Vital statistics of India. Vol. IV, Annual returns from 1871 to 1876. British Army of India, Native Army and jails of Bengal
Year: 1871
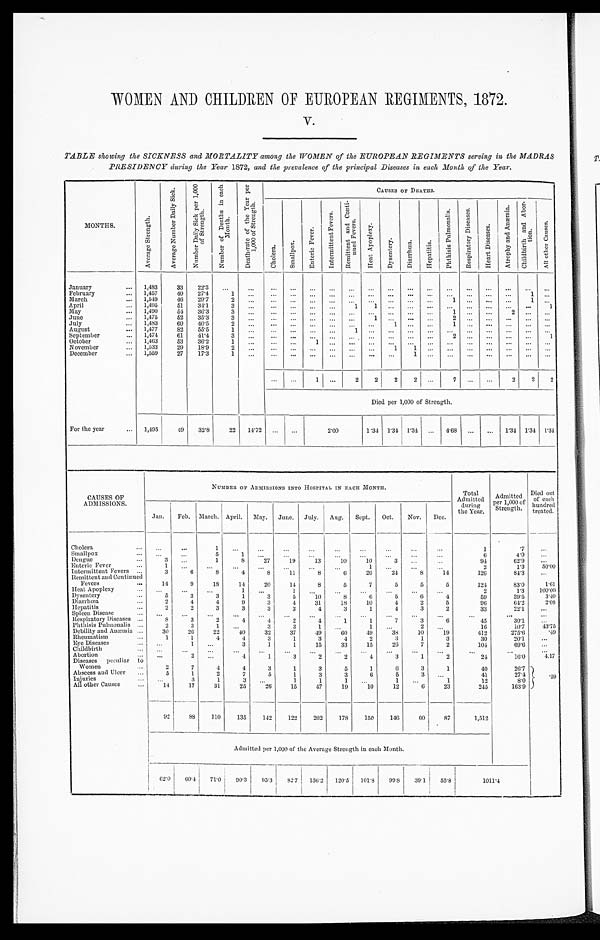
WOMEN AND CHILDREN OF EUROPEAN REGIMENTS, 1872.
V.
TABLE showing the SICKNESS and MORTALITY among the WOMEN of the EUROPEAN REGIMENTS serving in the MADRAS
PRESIDENCY during the Year 1872, and the prevalence of lice principal Diseases in each Month of the Year.
MONTHS.
A v e r a g e S t r e n g t h .
A v e r a g e N u m b e r D a i l y S i c k .
N u m b e r D a i l y S i c k p e r 1 , 0 0 0 o f S t r e n g t h .
N u m b e r o f D e a t h s i n e a c h M o n t h .
D e a t h - r a t e o f t h e Y e a r p e r 1 , 0 0 0 o f S t r e n g t h .
C h o l e r a .
S m a l l p o x .
E n t e r i c F e v e r .
I n t e r m i t t e n t F e v e r s .
R e m i t t e n t a n d C o n t i -
n u e d F e v e r s .
H e a t A p o p l e x y .
D y s e n t e r y .
D i a r r h œ a .
H e p a t i t i s .
P h t h i s i s P u l m o n a l i s .
R e s p i r a t o r y D i s e a s e s .
H e a r t D i s e a s e s .
A t r o p h y a n d A n æ m i a .
Ch i l d b i r t h a n d Ab o r -
tion.
A l l o t h e r C a u s e s .
January
1,483
33
22.3 ...
...
. . .
. . .
. . .
. . .
. . .
. . .
. . .
. . .
. . .
. . .
. . .
. . .
. . .
. . .
. . .
February
1,457
40
27.4
1
...
...
. . .
...
... ...
...
...
...
...
...
...
...
...
1 ...
March
1,549
46
29.7
2
. . . ...
...
...
...
...
. . . ...
...
...
1
. . .
. . . ... 1
. . .
April
1,495
51
34.1
3
. . . . . .
. . .
. . . ...
1
1 ...
...
...
...
. . . ...
...
...
1
May
1,490
54
36.3
3
...
. . .
. . .
. . .
. . .
. . .
. . .
. . .
. . .
. . .
1
. . .
. . .
2
...
. . .
June
1,475
52
35.3
3
. . .
. . .
. . . ...
... ...
1 ...
. . .
. . .
2
. . .
. . . ...
...
. . .
July
1,483
60
40.5
2
. . . . . .
. . .
. . . ...
...
...
1
...
...
1 ...
...
...
...
...
August
1,477
82
55.5
1
. . . . . .
. . . ...
. . . 1
. . . ... ...
. . . ...
...
...
...
...
...
September
1,474
61
41.4
3
. . . . . .
. . .
. . . ... ...
. . .
. . .
. . .
. . . 2
. . .
. . .
. . .
... 1
October
1,463
53
36.2
1
...
. . .
. . . 1
... ...
. . .
...
. . .
. . .
. . .
. . .
. . .
. . .
. . . ...
November
1,533
29
18.9
2
. . . ...
...
...
...
...
...
1
1 ...
...
...
...
... ...
. . .
December
1,559
27
17.3
1
. . .
. . .
. . .
. . .
. . .
. . .
. . .
...
1
. . . ...
. . .
. . . ...
...
. . .
...
...
1 ...
2
2
2
2
. . .
7
. . . ...
2
2
2
Died per 1,000 of Strength.
For the year
1,495
49
32.8
22 14.72 ...
...
2.00
1.34 1.34 1.34 ... 4.68
. . . ... 1.34 1.34 1.34
CAUSES OF
ADMISSIONS.
NUMBER OF ADMISSIONS INTO HOSPITAL IN EACH MONTH.
Total
Admitted
during
the Year.
Admitted
per 1,000 of
Strength.
Died out
of each
hundred
treated.
Jan.
Feb. March. April. May. June. July. Aug. Sept. Oct.
Nov. Dec.
—
Cholera
. . .
...
1
. . .
. . .
. . .
. . .
. . .
. . .
. . .
. . .
. . .
1
.7
...
Smallpox
...
. . .
5
1 ...
...
...
...
...
...
...
...
6
4.0
...
Dengue
3
...
1
8
27
19
13
10
10
3
...
...
94
62.9
. . .
Enteric Fever
1
„.
...
...
. . . ...
. . . ...
1
...
...
. . .
2
1.3
50.00
Intermittent Fevers
3
6
8
4
8
11
8
6
26
24
8
14
126
84.3
. . .
Remittent and Continued
Fevers
14
9
18
14
20
14
8
5
7
5
5
5
124
83.0
1.61
Heat Apoplex
..,
...
...
1 ...
1
...
...
...
...
...
...
2
1.3
100.00
Dysentery
5
3
3
1
3
5
10
8
6
5
6
4
59
39.5
3.40
Diarrhœa
Hepatitis
2
2
4
2
4
3
9
3
3
3
1
3
31
4
18
3
10
1
4
4
2
3
5
2
96
33
64.2
22.1
2.08. . .
Spleen Disease
...
...
...
...
...
. . .
. . .
. . . ...
...
...
...
. . .
...
...
•••
Respiratory Diseases
8
3
2
4
4
2
4
1
1
7
3
6
45
30.1 ...
Phthisis Pulmonalis
2
3
1
. . .
3
3
1
. . .
1
...
2
. . .
16
10.7
43.75
Debility and Anæmia
30
26
22
40
32
37
49
60
49
38
10
19
412
275.6
.49
Rheumatism
1
1
4
4
3
1
3
4
2
3
1
3
30
20.1
. . .
Eye Diseases
...
1
. . .
3
1
1
15
33
15
26
7
2
104
69.6
. . .
Childbirth
. . .
. . . ...
. . .
...
...
...
...
. . . ...
. . .
. . .
. . .
. . .
. . .
Abortion
...
2 ...
4
1
3
2
2
4
3
1
2
21
16.0
4.17
Diseases peculiar to
Women
2
7
4
4
3
1
3
5
1
6
3
1
40
26.7
. 5 9
Abscess and Ulcer
5
1
2
7
5
1
3
3
6
5
3
. . .
41
27.4
Injuries
. . .
3
1
3
. . .
1
1
1
. . .
1
. . .
1
1 2
8 . 0
All other Causes
14
17
31
25
26
15
47
19
10
12
6
23
245
163.9
92
88
110
135
142
122
202
178
150
146
60
87
1,512
Admitted per 1,000 of the Average Strength in each Month.
62.0
60.4 71.0
90.3
95.3 82.7 136.2 120.5 101.8
99.8 39.1
55.8
1011.4